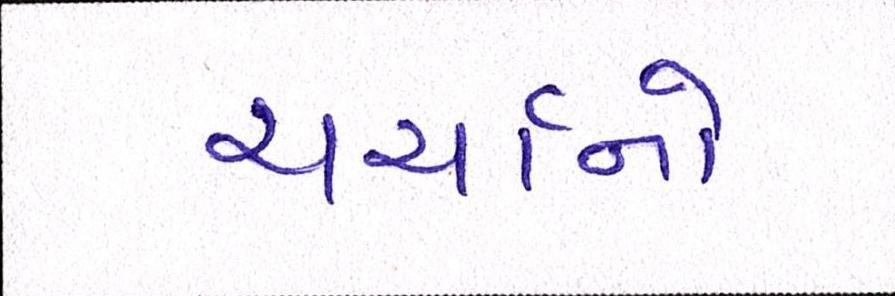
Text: ચર્ચાનો